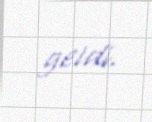
getdi.